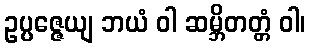
ဥပ္ပဇ္ဇေယျ ဘယံ ဝါ ဆမ္ဘိတတ္တံ ဝါ၊